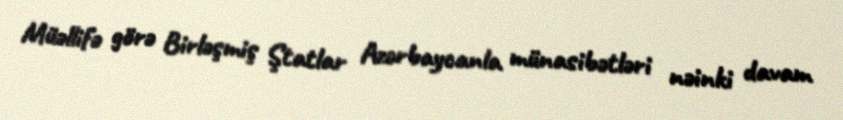
Müəllifə görə Birləşmiş Ştatlar Azərbaycanla münasibətləri nəinki davam